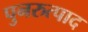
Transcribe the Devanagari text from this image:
पुनरुत्पाद